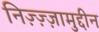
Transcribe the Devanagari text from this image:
निज़्ज़्ज़ामुद्दीन